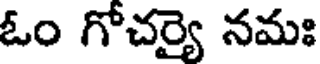
ఓం గోచర్యై నమః